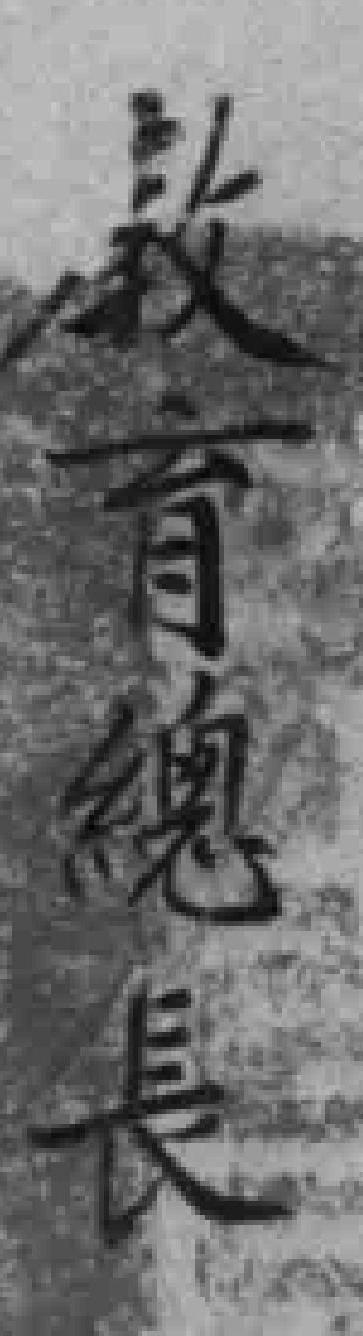
教育總長